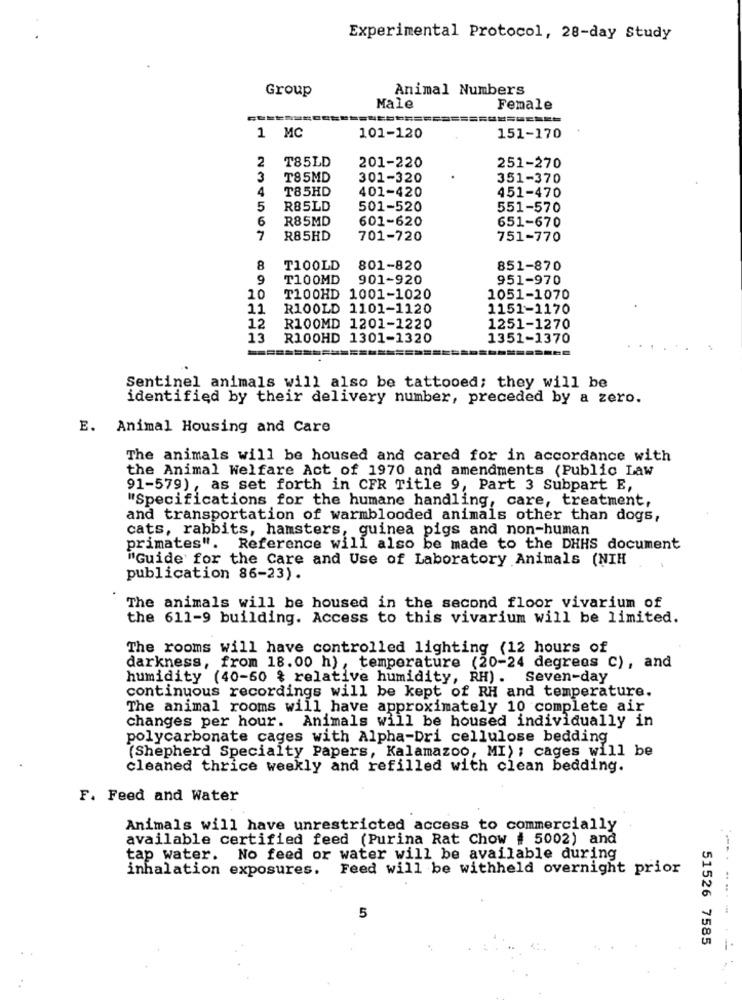
Experimental Protocol, 28-day Study
Group
Animal Numbers
Male
Female
1 MC
101-120
151-170
2
T85LD
201-220
251-270
3
T85MD
301-320
351-370
4
T85HD
401-420
451-470
5
R85LD
501-520
551-570
6
R85MD
601-620
651-670
7
R85HD
701-720
751-770
8
T100LD
801-820
851-870
9
T100MD
901-920
951-970
10
T100HD 1001-1020
1051-1070
11
R100LD 1101-1120
1151-1170
12
R100MD 1201-1220
1251-1270
13
R100HD 1301-1320
1351-1370
Sentinel animals will also be tattooed; they will be
identified by their delivery number, preceded by a zero.
E. Animal Housing and Care
The animals will be housed and cared for in accordance with
the Animal Welfare Act of 1970 and amendments (Public Law
91-579), as set forth in CFR Title 9, Part 3 Subpart E,
"Specifications for the humane handling, care, treatment,
and transportation of warmblooded animals other than dogs,
cats, rabbits, hamsters, guinea pigs and non-human
primates". Reference will also be made to the DHHS document
"Guide for the Care and Use of Laboratory Animals (NIH
publication 86-23).
The animals will be housed in the second floor vivarium of
the 611-9 building. Access to this vivarium will be limited.
The rooms will have controlled lighting (12 hours of
darkness, from 18.00 h), temperature (20-24 degrees c), and
humidity (40-60 % relative humidity, RH) . Seven-day
continuous recordings will be kept of RH and temperature.
The animal rooms will have approximately 10 complete air
changes per hour. Animals will be housed individually in
polycarbonate cages with Alpha-Dri cellulose bedding
(Shepherd Specialty Papers, Kalamazoo, MI) ; cages will be
cleaned thrice weekly and refilled with clean bedding.
F. Feed and Water
Animals will have unrestricted access to commercially
available certified feed (Purina Rat Chow # 5002) and
tap water. No feed or water will be available during
inhalation exposures.
Feed will be withheld overnight prior
..
.. .
5
51526 7585